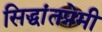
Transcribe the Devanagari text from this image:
सिद्धांतप्रेमी